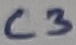
Text: C3